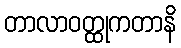
တာလာဝတ္ထုကတာနိ